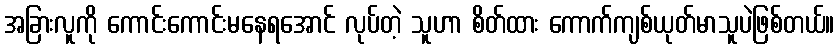
အခြားလူကို ကောင်းကောင်းမနေရအောင် လုပ်တဲ့ သူဟာ စိတ်ထား ကောက်ကျစ်ယုတ်မာသူပဲဖြစ်တယ်။